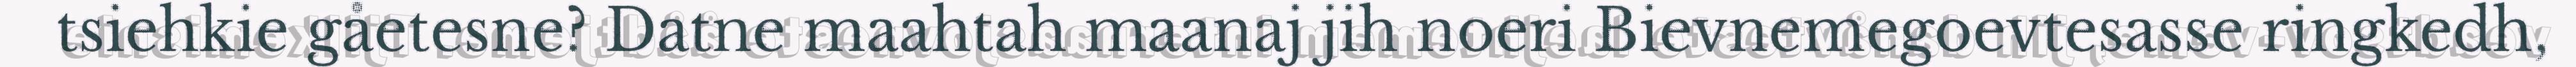
tsiehkie gåetesne? Datne maahtah maanaj jih noeri Bievnemegoevtesasse ringkedh,